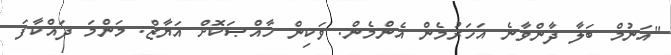
"އަނުމް ބަލާ ދާންވާނެ އަހަރުމެން އެންމެން. ވަކިން ޚާއްޞަކޮށް އަޔާޒް. މަންމަ ދައްކާފަ